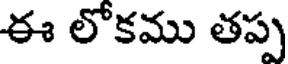
ఈ లోకము తప్ప